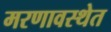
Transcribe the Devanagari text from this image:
मरणावस्थेत